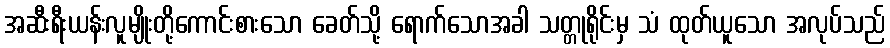
အဆီးရီးယန်းလူမျိုးတို့ကောင်းစားသော ခေတ်သို့ ရောက်သောအခါ သတ္တုရိုင်းမှ သံ ထုတ်ယူသော အလုပ်သည်